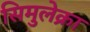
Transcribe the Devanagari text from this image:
सिमुलेक्रा